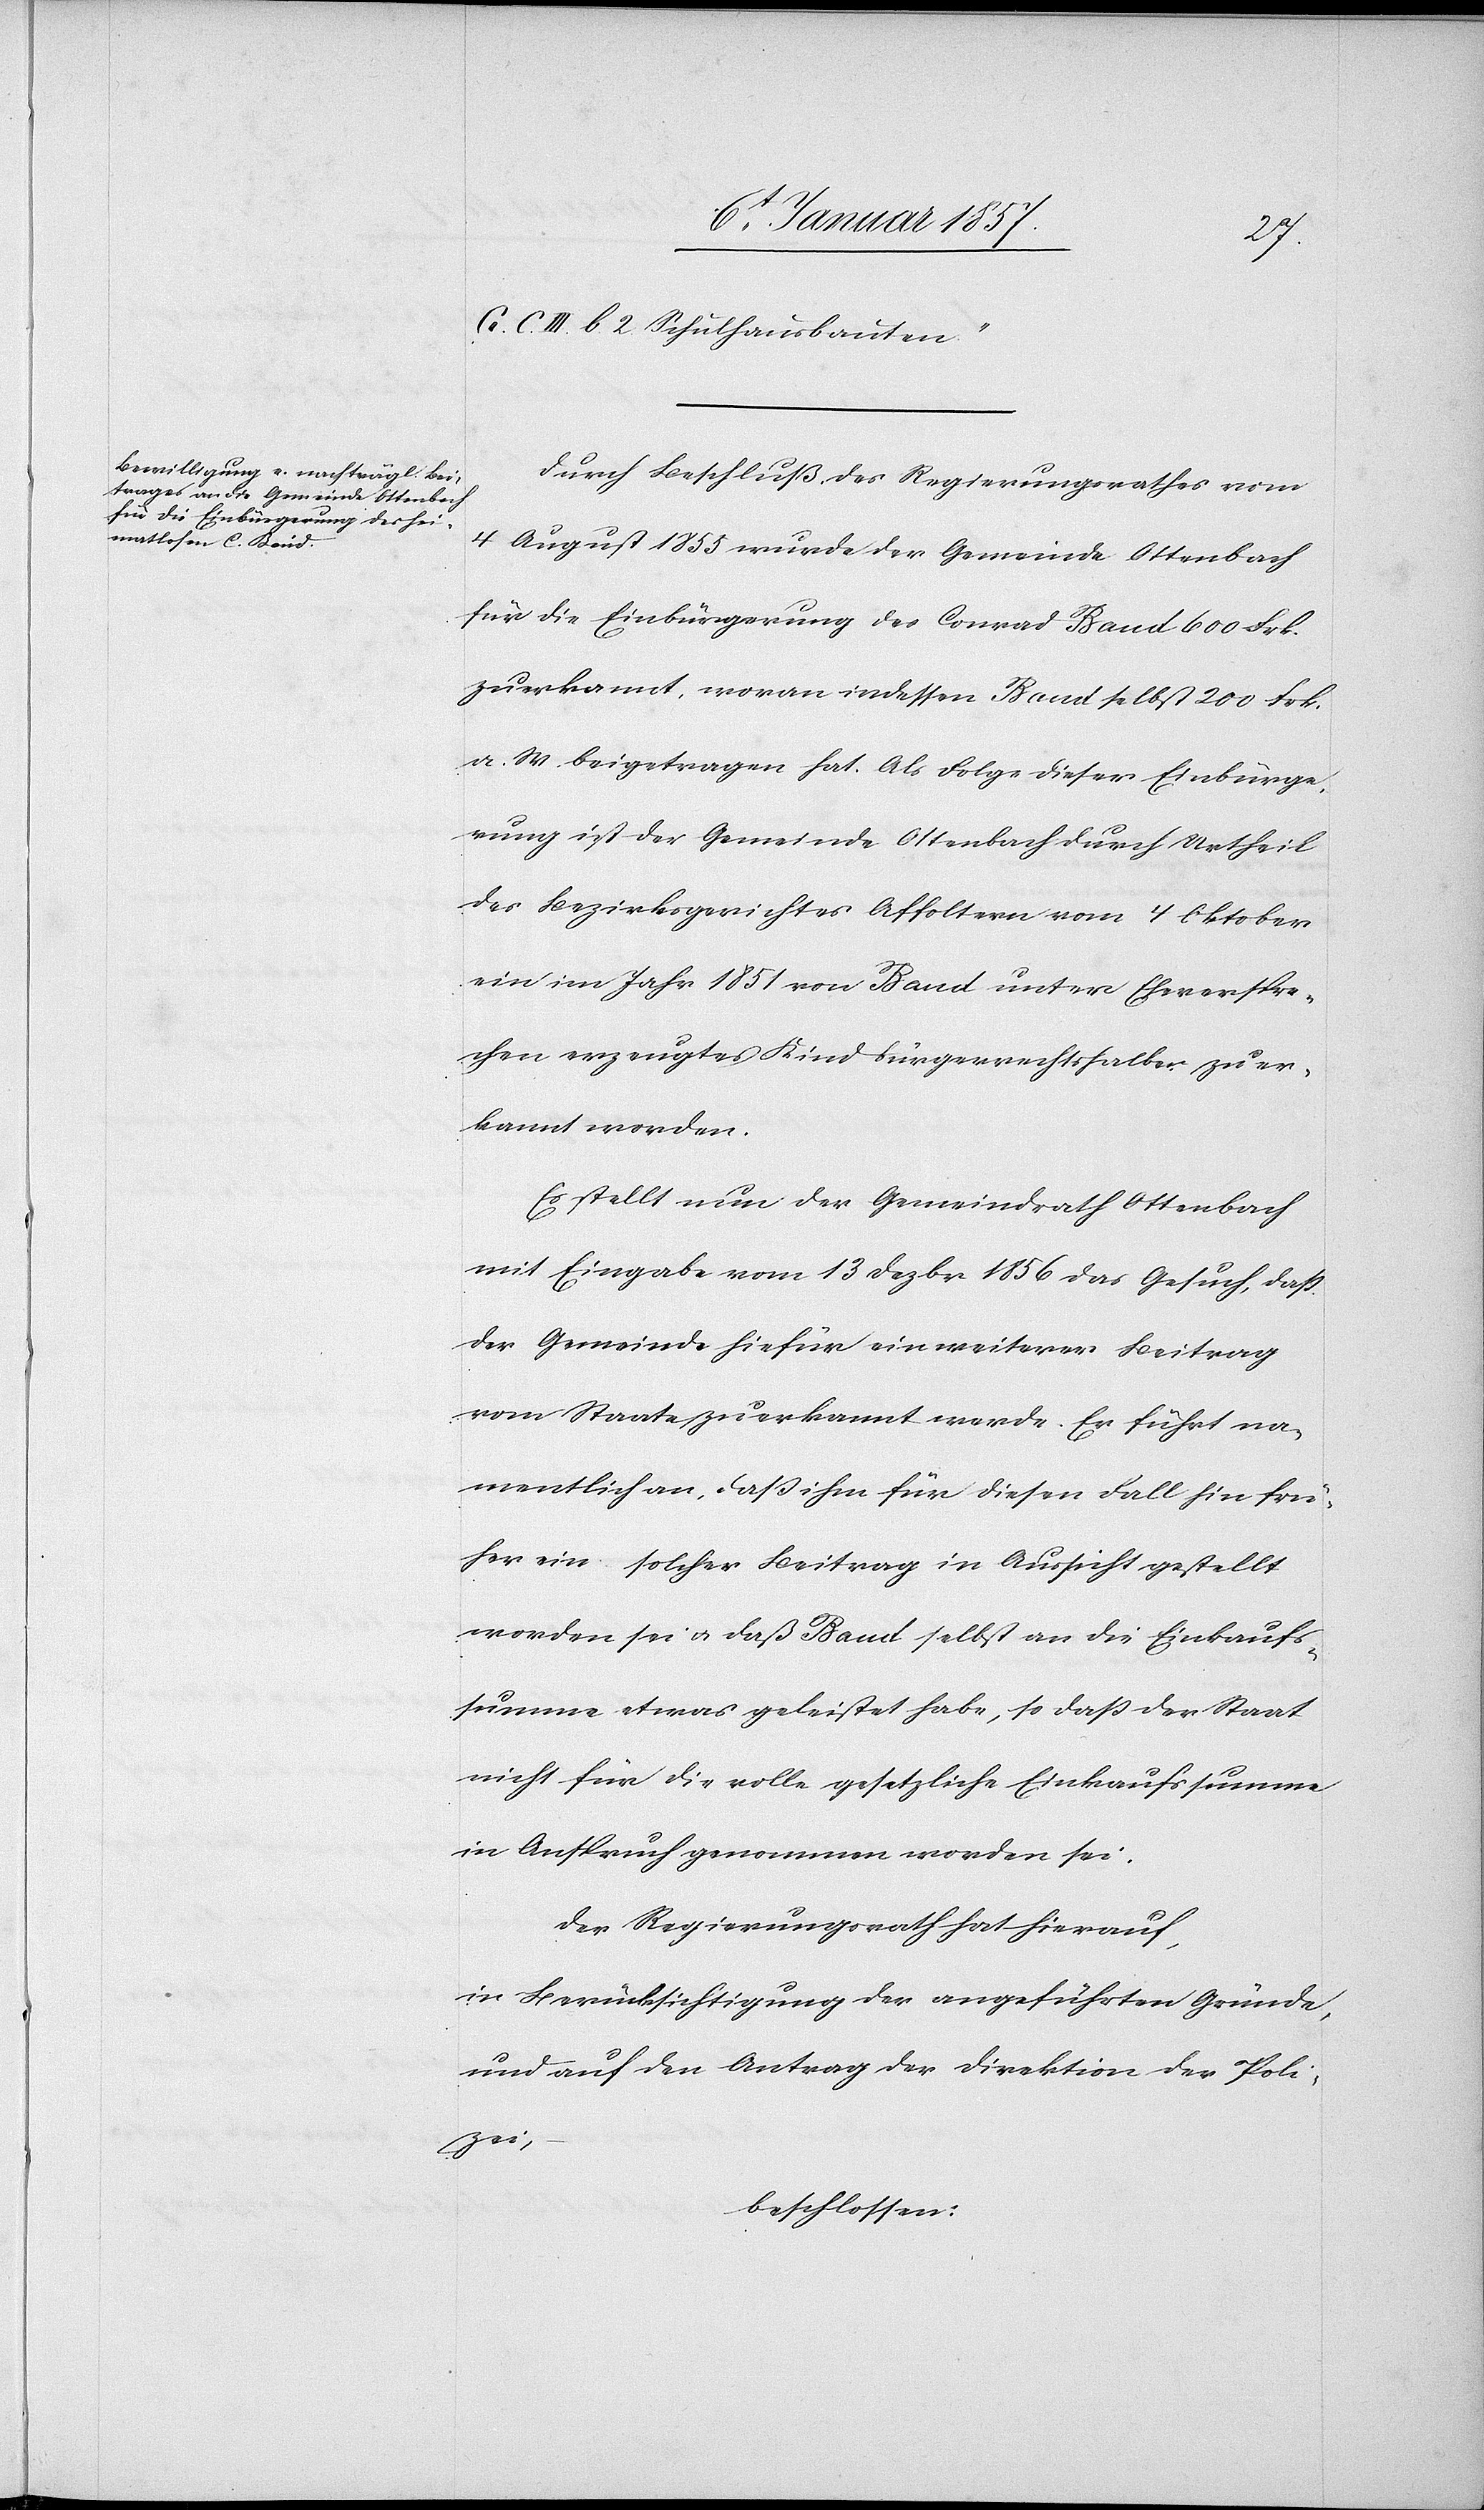
C. III. b. 2. Schulhausbauten.
Durch Beschluß des Regierungsrathes vom
4 August 1855 wurde der Gemeinde Ottenbach
für die Einbürgerung des Conrad Baud 600 Frk.
zuerkannt, woran indessen Baud selbst 200 Frk.
a. W. beigetragen hat. Als Folge dieser Einbürge¬
rung ist der Gemeinde Ottenbach durch Urtheil
des Bezirksgerichtes Affoltern vom 4 Oktober
ein im Jahr 1851 von Baud unter Eheverspre¬
chen erzeugtes Kind bürgerrechtshalber zuer¬
kannt worden.
Es stellt nun der Gemeindrath Ottenbach
mit Eingabe vom 13 Dezbr 1856 das Gesuch, daß
der Gemeinde hiefür ein weiterer Beitrag
vom Staate zuerkannt werde. Er führt na¬
mentlich an, daß ihm für diesen Fall hin frü¬
her ein solcher Beitrag in Aussicht gestellt
worden sei u. daß Baud selbst an die Einkaufs¬
summe etwas geleistet habe, so daß der Staat
nicht für die volle gesetzliche Einkaufssumme
in Anspruch genommen worden sei.
Der Regierungsrath hat hierauf,
in Berücksichtigung der angeführten Gründe,
und auf den Antrag der Direktion der Poli¬
zei,
beschlossen: